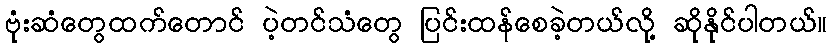
ဗုံးဆံတွေထက်တောင် ပဲ့တင်သံတွေ ပြင်းထန်စေခဲ့တယ်လို့ ဆိုနိုင်ပါတယ်။